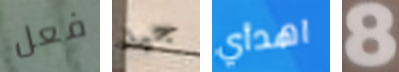
فعل جيد اهدأي 8